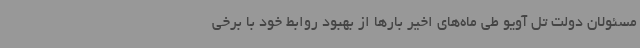
مسئولان دولت تل آویو طی ماه‌های اخیر بارها از بهبود روابط خود با برخی